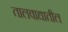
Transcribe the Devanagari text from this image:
तालवाद्यातील